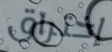
إختراق